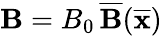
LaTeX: {\mathbf B}=B_{0}\, \overline{{\mathbf B}}(\overline{{\mathbf x}})